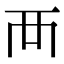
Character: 襾